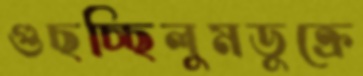
গুছচ্ছিলুমডুক্‌রে